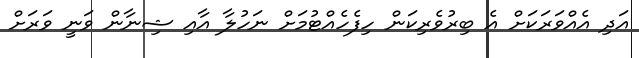
އަދި އެއްވަރަކަށް އެ ބިރުވެރިކަން ހިފެހެއްޓުމަށް ނަހުލާ އާއި ޝިނާން ވަނީ ވަރަށް